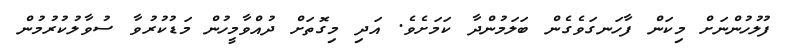
ފުލުހުންނަށް މިކަން ފާހަނގަވެގެން ބަލަމުންދާ ކަމަށެވެ. އަދި މިގޮތަށް ދުއްވާމީހުން މަޑުކުރުވާ ސުވާލުކުރުމުން